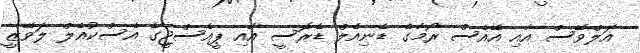
އަލްވޭސް އާއި އޭއެސް ރޯމާގެ ޑެނިއެލް ޑެރޮސީ އާއި ޕީއެސްޖީގެ އެސްކުއެލް ލަވޭޒީ